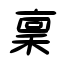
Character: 稟